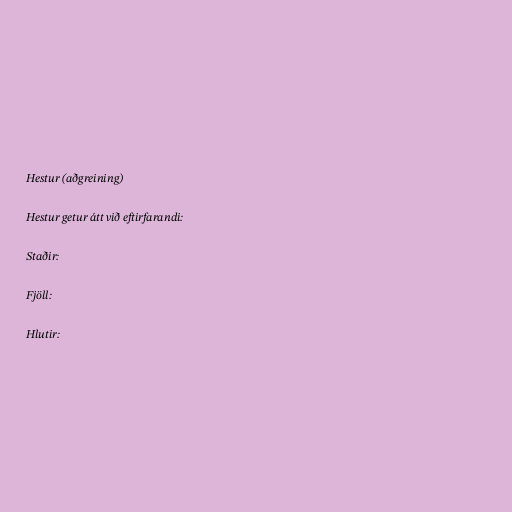
Hestur (aðgreining)

Hestur getur átt við eftirfarandi:

Staðir:

Fjöll:

Hlutir: